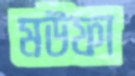
মউফা